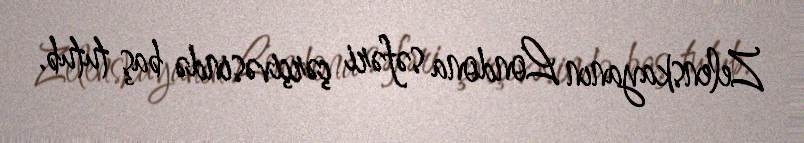
Zelenskayanın Londona səfəri çərçivəsində baş tutub.